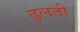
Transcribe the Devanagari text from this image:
ढ़लती